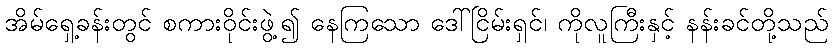
အိမ်ရှေ့ခန်းတွင် စကားဝိုင်းဖွဲ့၍ နေကြသော ဒေါ်ငြိမ်းရှင်၊ ကိုလူကြီးနှင့် နန်းခင်တို့သည်